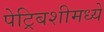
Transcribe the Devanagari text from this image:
पेट्रिबशीमध्ये